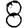
Digit: 8